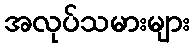
အလုပ်သမားများ